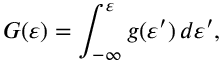
G ( \varepsilon ) = \int _ { - \infty } ^ { \varepsilon } g ( \varepsilon ^ { \prime } ) \, d \varepsilon ^ { \prime } ,